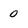
Character: 0